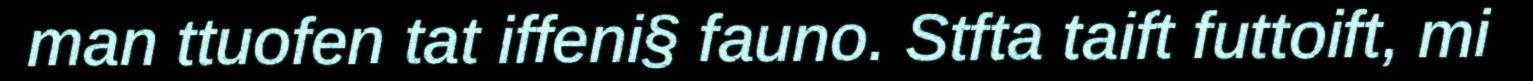
man ttuofen tat iffeni§ fauno. Stfta taift futtoift, mi